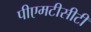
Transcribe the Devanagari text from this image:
पीएमटीसीटी